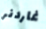
غاردنر